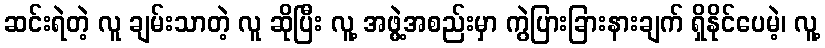
ဆင်းရဲတဲ့ လူ ချမ်းသာတဲ့ လူ ဆိုပြီး လူ့ အဖွဲ့အစည်းမှာ ကွဲပြားခြားနားချက် ရှိနိုင်ပေမဲ့၊ လူ့